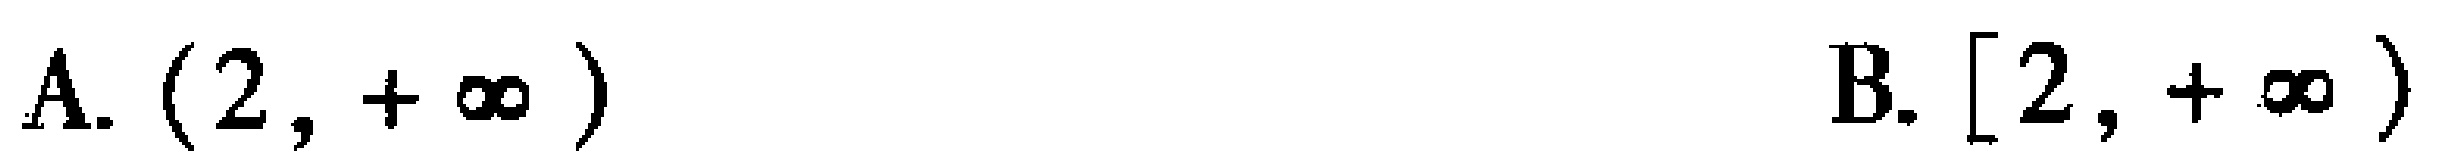
A. \((2, +\infty)\)

B. \([2, +\infty)\)